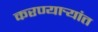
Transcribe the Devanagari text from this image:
करण्यार्‍यांत